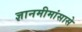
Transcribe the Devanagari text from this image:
ज्ञानमीमांसासे